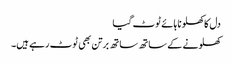
دل کا کھلونا ہائے ٹوٹ گیا
کھلونے کے ساتھ ساتھ برتن بھی ٹوٹ رہے ہیں۔